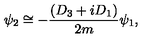
\psi _ { 2 } \cong - \frac { ( D _ { 3 } + i D _ { 1 } ) } { 2 m } \psi _ { 1 } ,